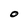
Character: O